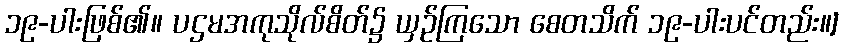
၁၉-ပါးဖြစ်၏။ ပဌမအကုသိုလ်စိတ်၌ ယှဉ်ကြသော စေတသိက် ၁၉-ပါးပင်တည်း။]